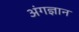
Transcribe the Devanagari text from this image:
अंगज्ञान